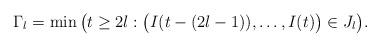
LaTeX: \begin{align*}\Gamma_{l} = \min\big(t \geq 2l: \big(I(t-(2l-1)), \dots, I(t)\big) \in J_{l}\big).\end{align*}